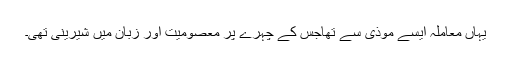
یہاں معاملہ ایسے موذی سے تھاجس کے چہرے پر معصومیت اور زبان میں شیرینی تھی۔